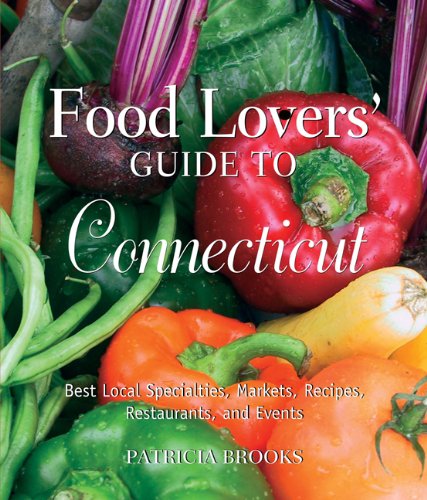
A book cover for Food Lovers' Guide to Connecticut, 3rd: Best Local Specialties, Markets, Recipes, Restaurants, and Events (Food Lovers' Series); Patricia Brooks; Travel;